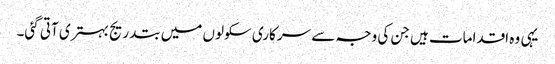
یہی وہ اقدامات ہیں جن کی وجہ سے سرکاری سکولوں میں بتدریج بہتری آتی گئی۔